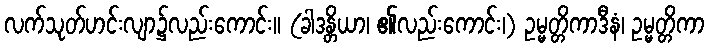
လက်သုတ်ဟင်းလျာ၌လည်းကောင်း။ (ခါဒန္တိယာ၊ ၏လည်းကောင်း၊) ဥမ္မတ္တိကာဒီနံ၊ ဥမ္မတ္တိကာ